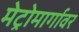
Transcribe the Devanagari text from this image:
मेट्रोमार्गावर